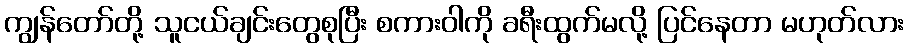
ကျွန်တော်တို့ သူငယ်ချင်းတွေစုပြီး စကားဝါကို ခရီးထွက်မလို့ ပြင်နေတာ မဟုတ်လား